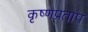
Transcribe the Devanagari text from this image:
कृष्णप्रताप